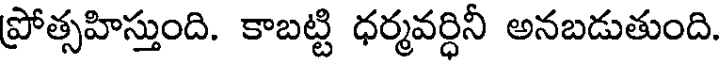
ప్రోత్సహిస్తుంది. కాబట్టి ధర్మవర్ధినీ అనబడుతుంది.